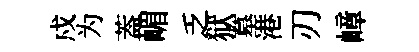
戍为葢嵋乏狱墓港刃嶂